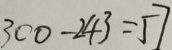
3 0 0 - 2 4 3 = 5 7